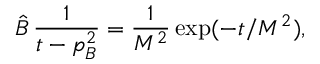
\hat { B } \, \frac { 1 } { t - p _ { B } ^ { 2 } } = \frac { 1 } { M ^ { 2 } } \exp ( - t / M ^ { 2 } ) ,